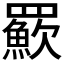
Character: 𦌸